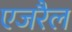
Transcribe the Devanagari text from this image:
एजरैल